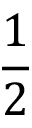
\frac 1 2